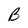
Character: B